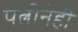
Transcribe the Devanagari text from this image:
पत्नीनेही